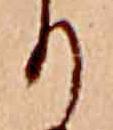
り